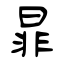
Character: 暃